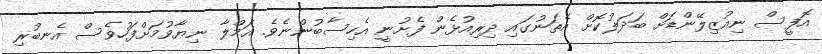
އޮފީސް ނިއުޒިލޭންޑަށް ބަދަލުކޮށް އެތަނުގައި ދިރިއުޅެން ފެށުނީ އެހިސާބުންނެވެ. އަމްލާ ނިޔާވުމަށްފަހުވެސް އެނބުރި